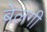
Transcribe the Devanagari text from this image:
बेलगी